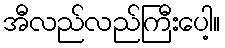
အီလည်လည်ကြီးပေါ့။